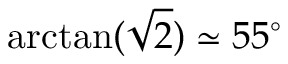
\mathrm { a r c t a n } ( \sqrt { 2 } ) \simeq 5 5 ^ { \circ }